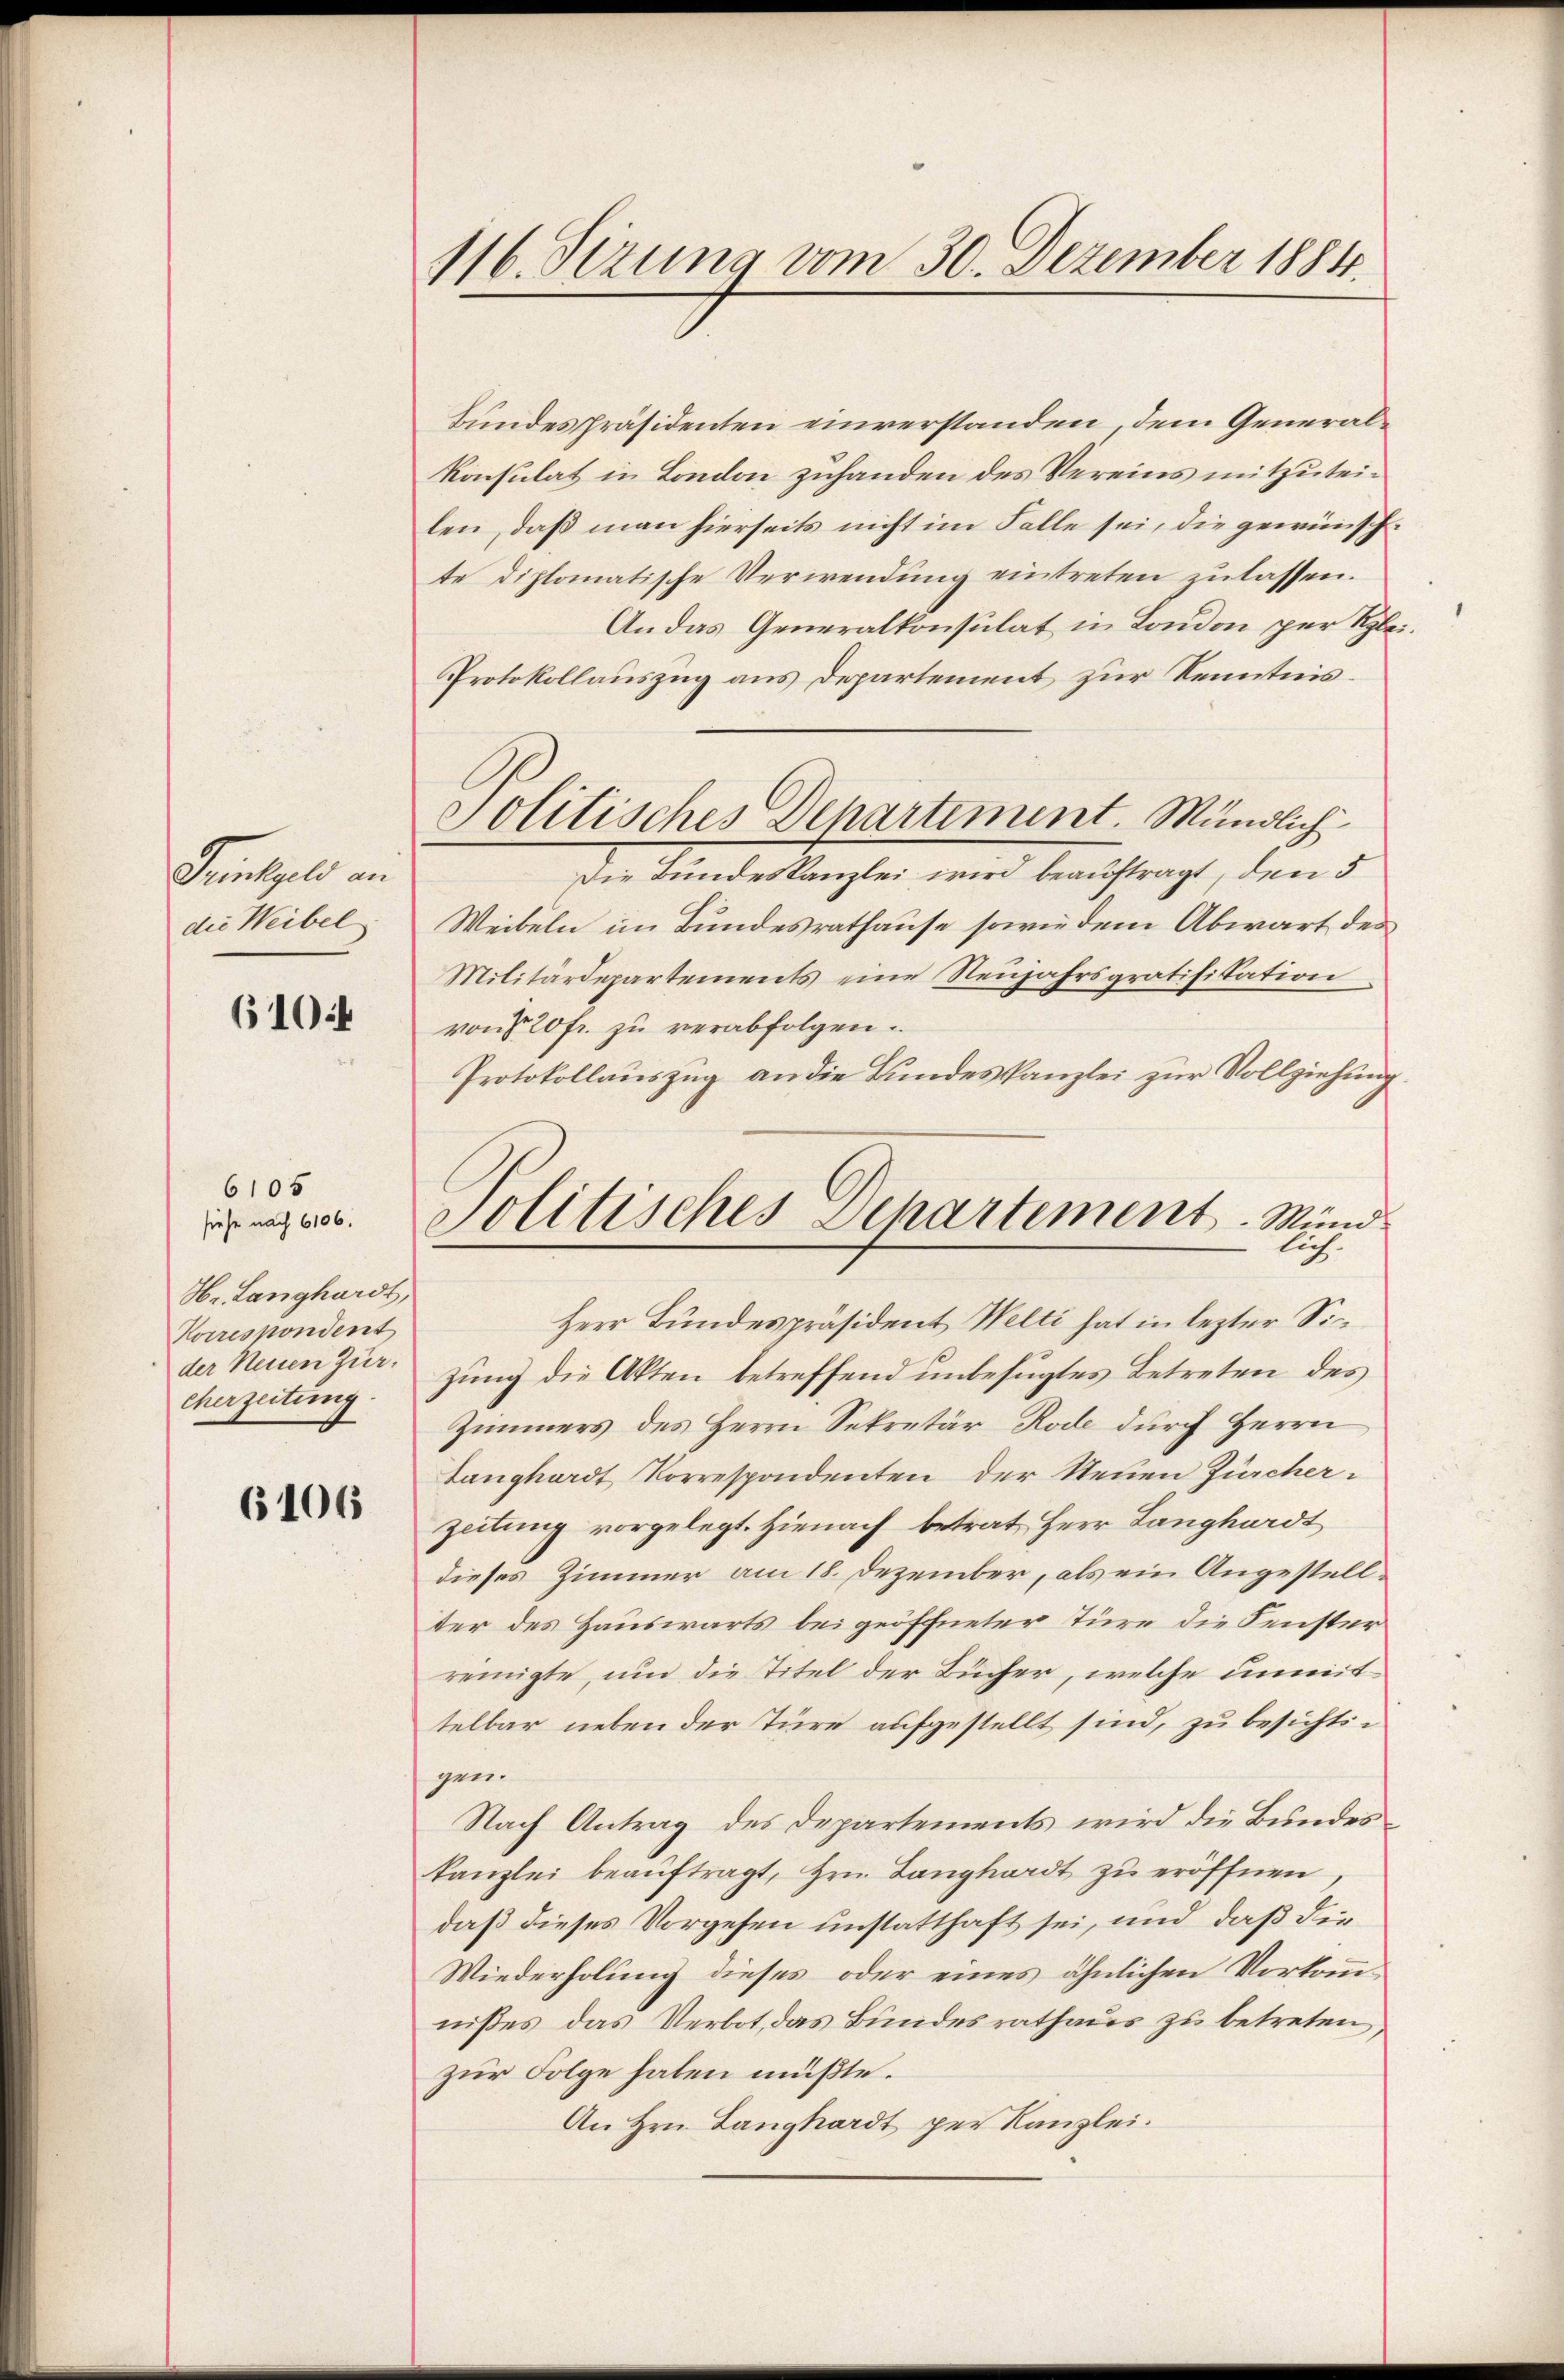
Trinkgeld an
die Weibel

610

6105
H. Langhardt,
Korrespondent
der Neuen Zur
eherzeitung.

siehe nach 6106.

6106

116. Sizung vom 30. Dezember 1884.

Bundespräsidenten einverstanden, dem Generalkonsulat in London zuhanden des Vereins mitzuteilen, daß man hierseits nicht im Falle sei, die gewünschte diplomatische Verwendung eintreten zulassen.
An das Generalkonsulat in London per Klei¬
Protokollauszug aus Departement zur Kenntnis¬
Politisches Departiment. Mündlich
Die Bundeskanzlei wird beauftragt, den 5
Weibeln im Bundesrathause sowie dem Abwart des
Militärdepartements eine Neŭjahrsgratifikation
von § 20 fr. zu verabfolgen.
Protokollauszug an die Bundeskanzlei zur Vollziehung

Politisches Departement. Münd
lich.

Herr Bundespräsident Welti hat in lezter Sizung die Akten betreffend unbefugtes Betreten des
Zimmers des Herrn Sekretär Rode durch Herrn
Langhardt Korrespondenten der Neuen Zürcher.
zeitung vorgelegt. Hienach betrat Herr Langhardt
dieses Zimmer am 18. Dezember, als ein Angestellter des Hauswärts bei geöffneter Türe die Fenster
reinigte, um die Titel der Bücher, welche unmit
telbar neben der Türe aufgestellt sind, zu besichtigen.
Nach Antrag des Departements wird die Bundeskanzlei beaŭftragt, Hrn. Langhardt zu eröffnen
daß dieses Vorgehen unstatthaft sei, und daß die
Wiederholung dieses oder eines ähnlichen Vorkommnißes das Verbot, das Bundesrathaus zu betreten,
zur Folge haben müßte.
An Hrn. Langhardt per Kanzlei.